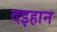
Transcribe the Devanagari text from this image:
दइहान